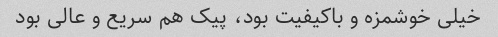
خیلی خوشمزه و باکیفیت بود، پیک هم سریع و عالی بود